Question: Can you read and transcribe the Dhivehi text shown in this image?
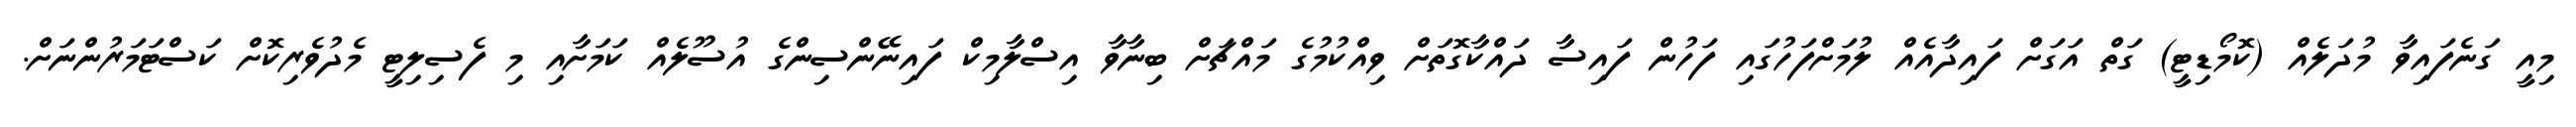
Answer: މިއީ ގަނެފައިވާ މުދަލެއް (ކޮމޯޑިޓީ) ގަތް އަގަށް ފައިދާއެއް ލުމަށްފަހުގައި ފަހުން ފައިސާ ދައްކާގޮތަށް ވިއްކުމުގެ މައްޗަށް ބިނާވާ އިސްލާމިކް ފައިނޭންސިންގެ އުސޫލެއް ކަމަށާއި މި ފެސިލިޓީ މެދުވެރިކޮށް ކަސްޓަމަރުންނަށް.